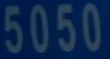
5050